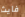
فايث